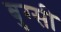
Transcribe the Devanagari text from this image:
बुग्‍सी